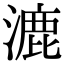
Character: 漉